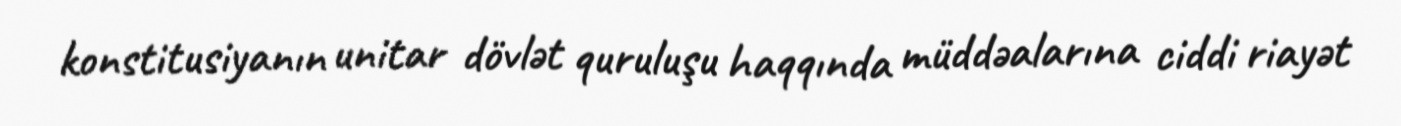
konstitusiyanın unitar dövlət quruluşu haqqında müddəalarına ciddi riayət